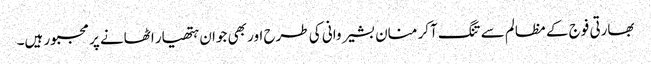
بھارتی فوج کے مظالم سے تنگ آکر منان بشیر وانی کی طرح اور بھی جوان ہتھیار اٹھانے پر مجبور ہیں۔